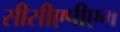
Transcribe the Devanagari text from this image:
सीसीएपीएम